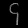
Digit: ၄